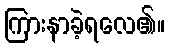
ကြားနာခဲ့ရလေ၏။